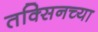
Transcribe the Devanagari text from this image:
तक्सिनच्या